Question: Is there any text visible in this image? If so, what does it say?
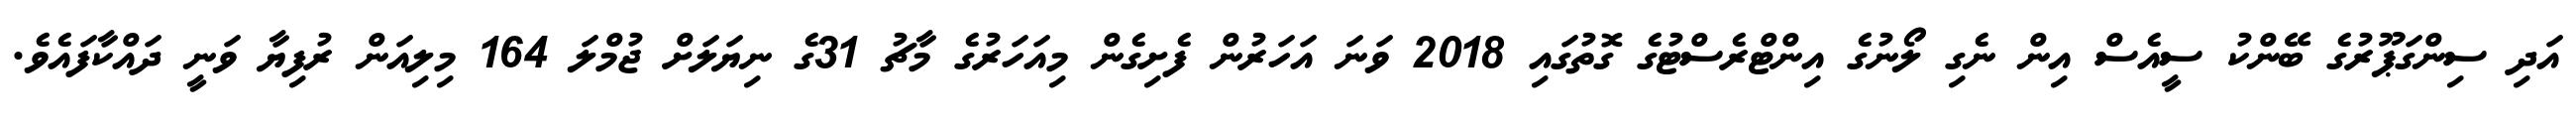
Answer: އަދި ސިންގަޕޫރުގެ ބޭންކު ސީއެސް އިން ނެގި ލޯނުގެ އިންޓްރެސްޓުގެ ގޮތުގައި 2018 ވަނަ އަހަރުން ފެށިގެން މިއަހަރުގެ މާޗު 31ގެ ނިޔަލަށް ޖުމްލަ 164 މިލިއަން ރުފިޔާ ވަނީ ދައްކާފައެވެ.